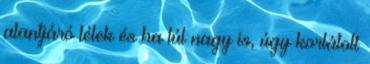
alantjáró lélek és ha túl nagy is, úgy korlátolt